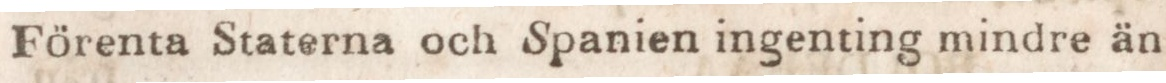
Förenta Staterna och Spanien ingenting mindre än